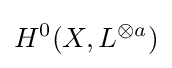
H^{0}(X,L^{\otimes a})